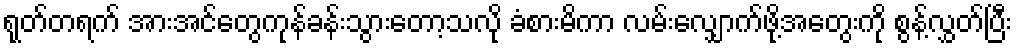
ရုတ်တရက် အားအင်တွေကုန်ခန်းသွားတော့သလို ခံစားမိကာ လမ်းလျှောက်ဖို့အတွေးကို စွန့်လွှတ်ပြီး